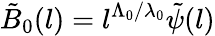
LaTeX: \tilde{B}_{0}(l)=l^{\Lambda_{0}/\lambda_{0}}\tilde{\psi}(l)